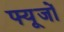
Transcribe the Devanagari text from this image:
फ्यूजों